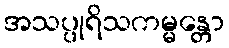
အသပ္ပုရိသကမ္မန္တော